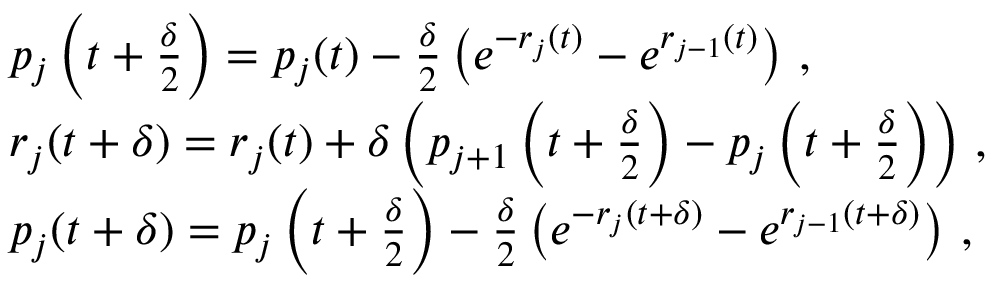
\begin{array} { r l } & { p _ { j } \left( t + \frac { \delta } { 2 } \right) = p _ { j } ( t ) - \frac { \delta } { 2 } \left( e ^ { - r _ { j } ( t ) } - e ^ { r _ { j - 1 } ( t ) } \right) \, , } \\ & { r _ { j } ( t + \delta ) = r _ { j } ( t ) + \delta \left( p _ { j + 1 } \left( t + \frac { \delta } { 2 } \right) - p _ { j } \left( t + \frac { \delta } { 2 } \right) \right) \, , } \\ & { p _ { j } ( t + \delta ) = p _ { j } \left( t + \frac { \delta } { 2 } \right) - \frac { \delta } { 2 } \left( e ^ { - r _ { j } ( t + \delta ) } - e ^ { r _ { j - 1 } ( t + \delta ) } \right) \, , } \end{array}